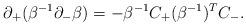
LaTeX: \begin{align*}\partial_+(\beta^{-1} \partial_- \beta) = -\beta^{-1} C_+(\beta^{-1})^T C_-. \end{align*}